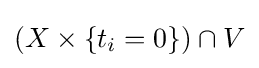
(X\times \{t_{i}=0\})\cap V